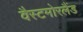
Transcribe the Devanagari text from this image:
वैस्टमोरलैंड